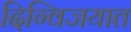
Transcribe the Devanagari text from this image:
दिग्विजयात